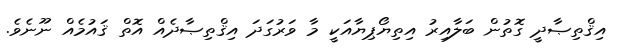
އިޤްތިޞާދީ ގޮތުން ބަލާއިރު އިތިޔޯޕިޔާއަކީ މާ ވަރުގަދަ އިޤްތިޞާދެއް އޮތް ޤައުމެއް ނޫނެވެ.